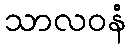
သာလဝနံ